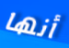
أنها